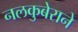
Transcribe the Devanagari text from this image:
नलकुबेराने